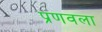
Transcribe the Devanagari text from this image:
प्रणवला